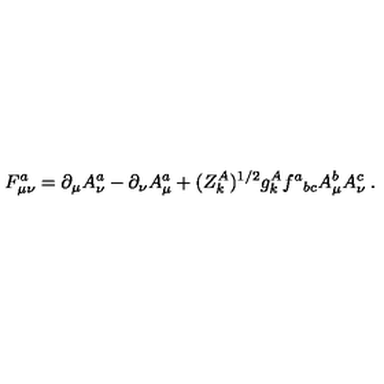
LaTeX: F _ { \mu \nu } ^ { a } = \partial _ { \mu } A _ { \nu } ^ { a } - \partial _ { \nu } A _ { \mu } ^ { a } + ( Z _ { k } ^ { A } ) ^ { 1 / 2 } g _ { k } ^ { A } f ^ { a } { } _ { b c } A _ { \mu } ^ { b } A _ { \nu } ^ { c } \: .